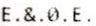
E.&.0.E.